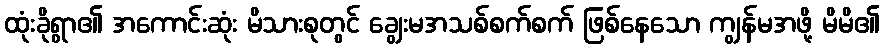
ထုံးခိုရွာ၏ အကောင်းဆုံး မိသားစုတွင် ချွေးမအသစ်စက်စက် ဖြစ်နေသော ကျွန်မအဖို့ မိမိ၏